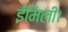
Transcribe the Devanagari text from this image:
ईमिली।